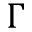
\Gamma